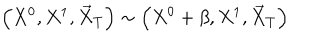
\left( X ^ { 0 } , X ^ { 1 } , \vec { X } _ { T } \right) \sim \left( X ^ { 0 } + \beta , X ^ { 1 } , \vec { X } _ { T } \right)